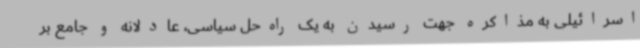
اسرائیلی به مذاکره جهت رسیدن به یک راه‌حل سیاسی، عادلانه و جامع بر